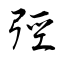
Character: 弳